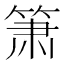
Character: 箫